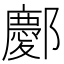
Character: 𫑭